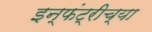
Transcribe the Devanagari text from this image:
इन्फंट्रीच्या